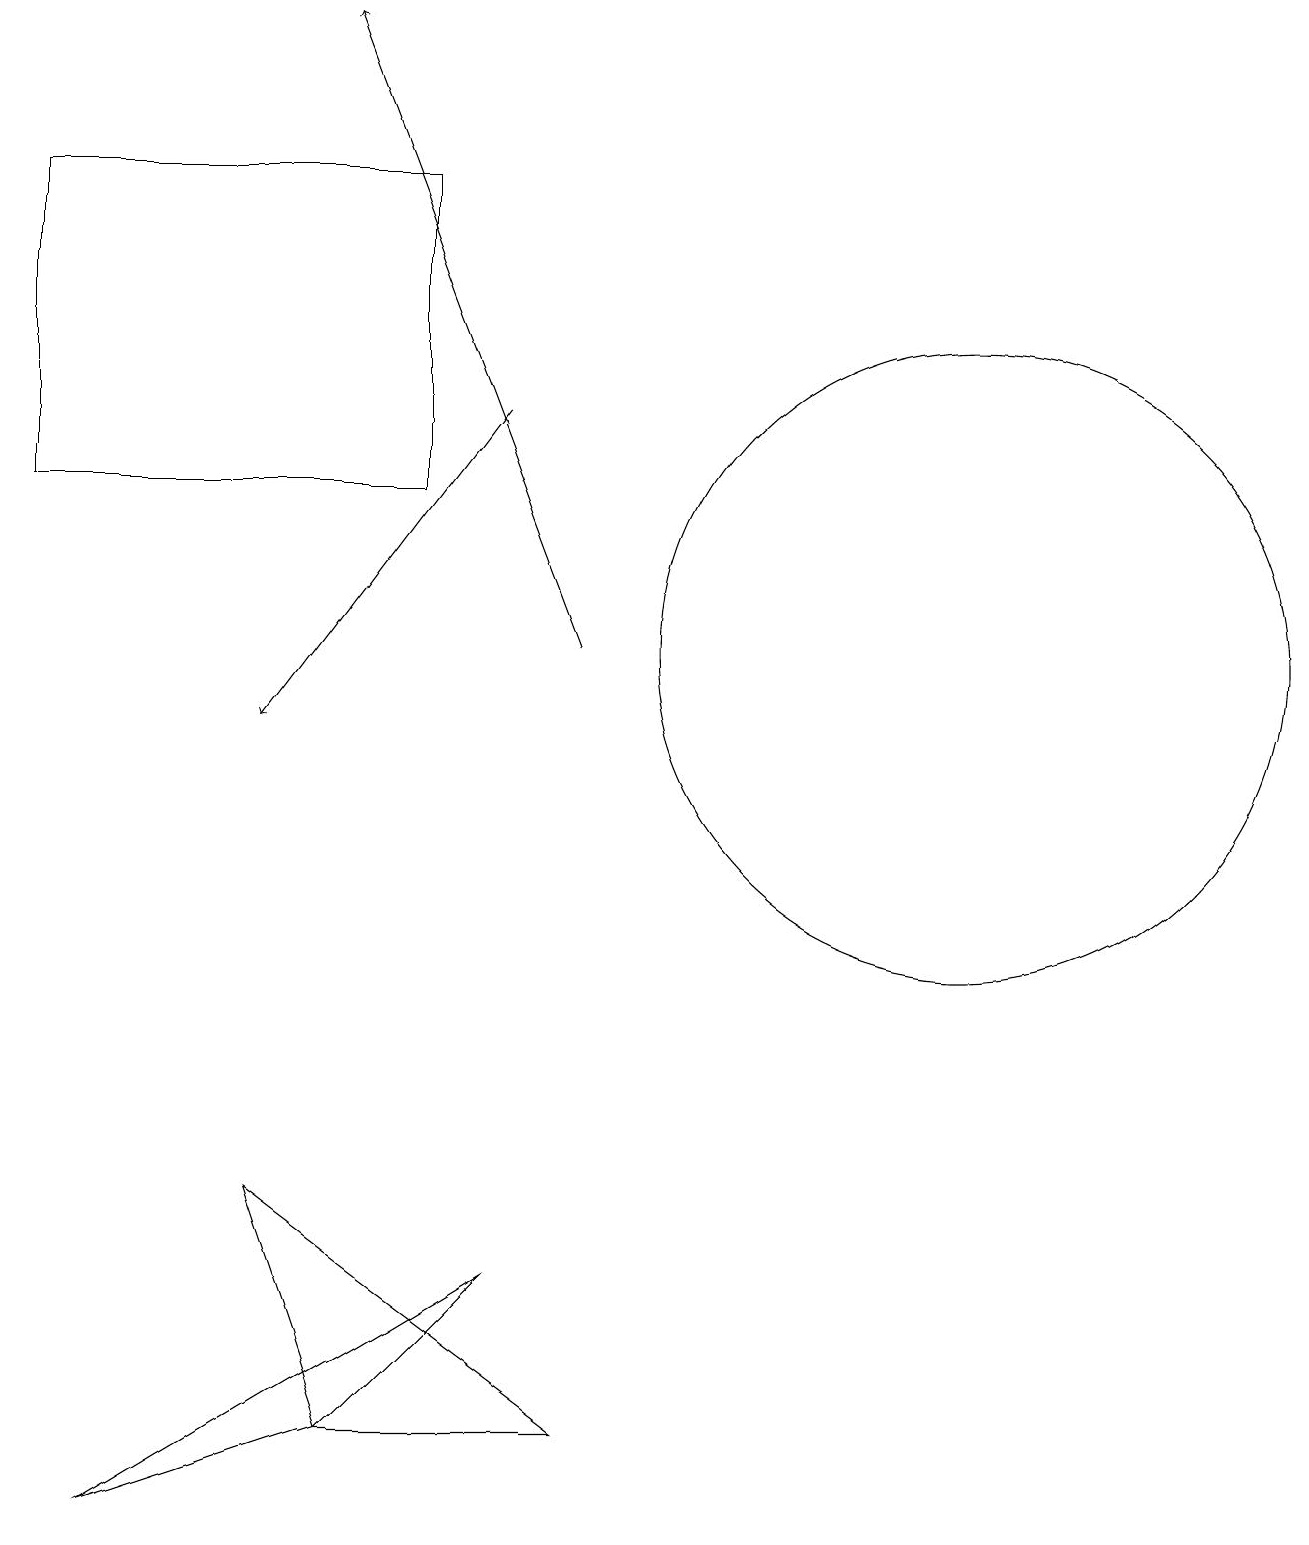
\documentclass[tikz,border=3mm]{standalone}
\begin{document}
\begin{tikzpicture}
\draw (12,11) circle (4);
\draw[->] (7,11) -- (4,19);
\draw (6,3) -- (4,1) -- (1,0) -- cycle;
\draw[->] (6,14) -- (3,10);
\draw (3,4) -- (4,1) -- (7,1) -- cycle;
\draw (5,17) rectangle (0,13);
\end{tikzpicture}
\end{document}